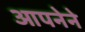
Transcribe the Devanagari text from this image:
आपनेने